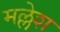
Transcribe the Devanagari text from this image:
मल्लेश